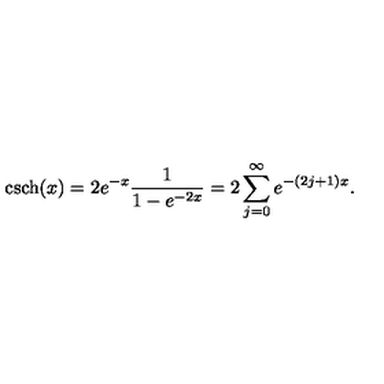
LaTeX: \mathrm { c s c h } ( x ) = 2 e ^ { - x } \frac { 1 } { 1 - e ^ { - 2 x } } = 2 \sum _ { j = 0 } ^ { \infty } e ^ { - ( 2 j + 1 ) x } .